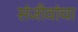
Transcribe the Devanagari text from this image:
संजीवांचा